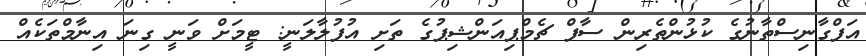
އަފްގާނިސްތާނުގެ ކުޅުންތެރިން ސާފް ޗެމްޕިއަންޝިޕުގެ ތަށި އުފުލާލަނީ: ޓީމަށް ވަނީ ގިނަ އިނާމްތަކެއް